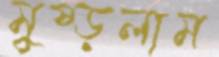
মুষ্‌ড়লাম